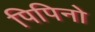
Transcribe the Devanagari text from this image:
पिपिनो